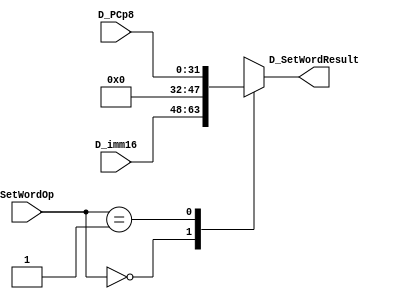
module D_SETWORD(
    input [15:0] D_imm16,
    input [2:0] SetWordOp,
    input [31:0] D_PCp8,
    output reg [31:0] D_SetWordResult);


    parameter LUI_SET = 3'b000, PCp8_SET = 3'b001;

    always @(*) begin
        case (SetWordOp)
            LUI_SET: D_SetWordResult = {D_imm16, 16'h0};
            PCp8_SET: D_SetWordResult = D_PCp8; 
            default: D_SetWordResult = 32'hx;
        endcase
    end
    

endmodule